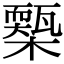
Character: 𣝚